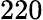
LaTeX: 220